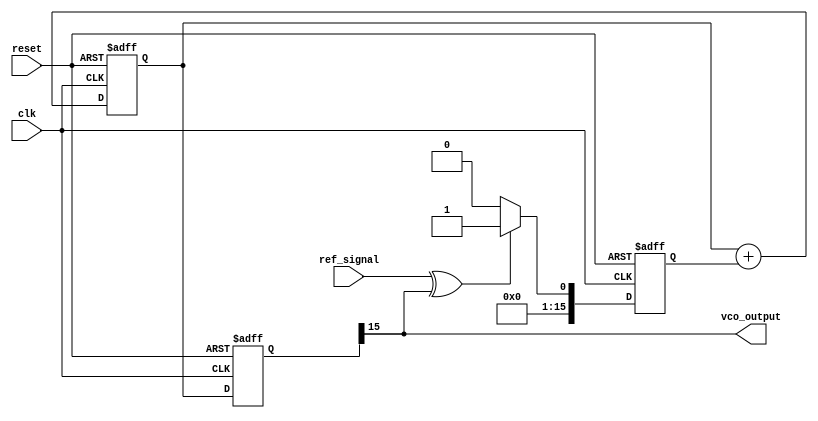
module PLL (
    input wire clk,              // System clock
    input wire reset,            // Reset signal
    input wire ref_signal,       // Reference signal
    output wire vco_output       // Output from the VCO
);

    // Parameters
    parameter MEMORY_SIZE = 8;   // Size of the memory blocks
    parameter PHASE_ERROR_WIDTH = 16; // Width of the phase error signal
    parameter CONTROL_VOLTAGE_WIDTH = 16; // Width of control voltage

    // Memory blocks for storing phase error values
    reg [PHASE_ERROR_WIDTH-1:0] phase_error_memory [0:MEMORY_SIZE-1];
    integer mem_index;

    // Phase Detector (PD)
    reg [PHASE_ERROR_WIDTH-1:0] phase_error;
    
    // Loop Filter (LF)
    reg [CONTROL_VOLTAGE_WIDTH-1:0] control_voltage;

    // Voltage-Controlled Oscillator (VCO)
    reg [CONTROL_VOLTAGE_WIDTH-1:0] vco_frequency;

    // VCO output signal
    assign vco_output = vco_frequency[CONTROL_VOLTAGE_WIDTH-1];

    // Phase Detector Logic
    always @(posedge clk or posedge reset) begin
        if (reset) begin
            phase_error <= 0;
        end else begin
            // Simple phase comparison (for example purposes, this is simplified)
            phase_error <= (ref_signal ^ vco_output) ? 1 : 0; // Phase error signal
        end
    end

    // Loop Filter Logic
    always @(posedge clk or posedge reset) begin
        if (reset) begin
            control_voltage <= 0;
        end else begin
            // Simple low-pass filter (for example purposes)
            control_voltage <= control_voltage + phase_error; // Integrate phase error
        end
    end

    // VCO Logic
    always @(posedge clk or posedge reset) begin
        if (reset) begin
            vco_frequency <= 0;
        end else begin
            // Control VCO frequency based on control voltage
            vco_frequency <= control_voltage; // Directly map control voltage to frequency
        end
    end

    // Memory Block Logic
    always @(posedge clk or posedge reset) begin
        if (reset) begin
            // Clear memory
            for (mem_index = 0; mem_index < MEMORY_SIZE; mem_index = mem_index + 1) begin
                phase_error_memory[mem_index] <= 0;
            end
        end else begin
            // Store phase error in memory
            phase_error_memory[mem_index] <= phase_error;
            mem_index <= (mem_index + 1) % MEMORY_SIZE; // Circular buffer
        end
    end

endmodule